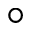
^ { \circ }